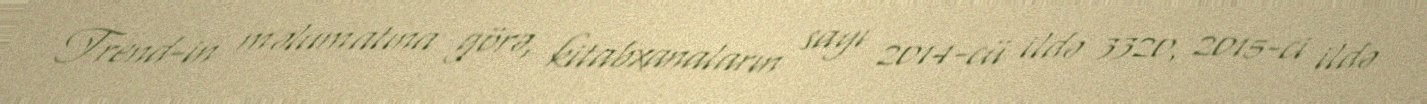
Trend-in məlumatına görə, kitabxanaların sayı 2014-cü ildə 3320, 2015-ci ildə